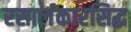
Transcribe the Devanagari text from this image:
रसालंकारसिद्ध